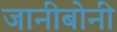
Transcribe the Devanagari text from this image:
जानीबोनी